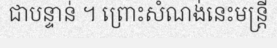
ជាបន្ទាន់ ។ ព្រោះសំណង់នេះមន្ត្រី